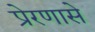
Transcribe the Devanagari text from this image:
प्रेरणासे